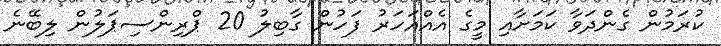
ކުރަމުން ގެންދަވާ ކަމަށާއި މީގެ އެއްއަހަރު ފަހުން ގާބިލު 20 ޕްރިންސިޕަލުން ލިބޭނެ